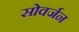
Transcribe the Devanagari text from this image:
सोवर्जन